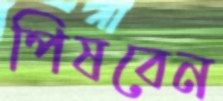
পিষবেন